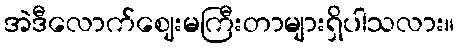
အဲဒီလောက်ဈေးမကြီးတာများရှိပါသလား။